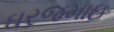
ઘરજમાઇ